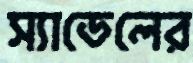
স্যাডেলের